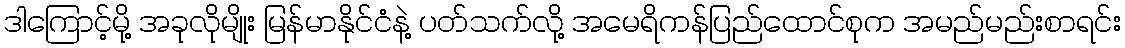
ဒါကြောင့်မို့ အခုလိုမျိုး မြန်မာနိုင်ငံနဲ့ ပတ်သက်လို့ အမေရိကန်ပြည်ထောင်စုက အမည်မည်းစာရင်း